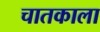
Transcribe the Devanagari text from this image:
चातकाला